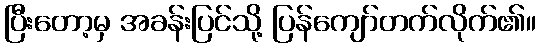
ပြီးတော့မှ အခန်းပြင်သို့ ပြန်ကျော်တက်လိုက်၏။